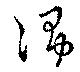
淨